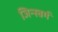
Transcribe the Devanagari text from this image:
जिन्स्बर्ग